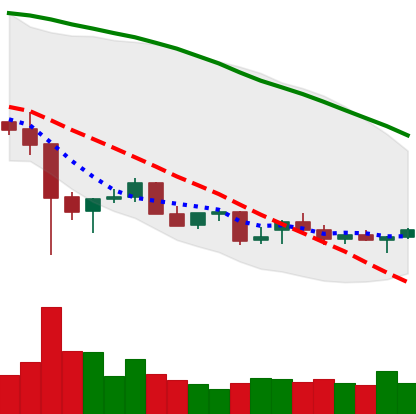
Ticker: NEO-USD
Chart end date: 2021-12-21
Forward return: 11.913%
Label: up_7plus